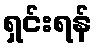
ရှင်းရန်